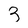
Character: 3